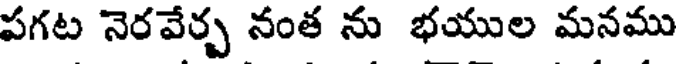
పగట నెరవేర్చ నంత ను భయుల మనము